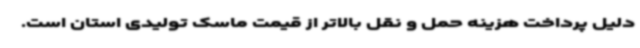
دلیل پرداخت هزینه حمل و نقل بالاتر از قیمت ماسک تولیدی استان است.